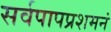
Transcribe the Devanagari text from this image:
सर्वपापप्रशमनं